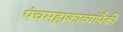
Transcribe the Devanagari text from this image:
पंचमहाकाव्यांपैकी